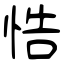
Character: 悎